Code of medical and sanitary regulations for the guidance of medical officers serving in the Madras Presidency - Volume I
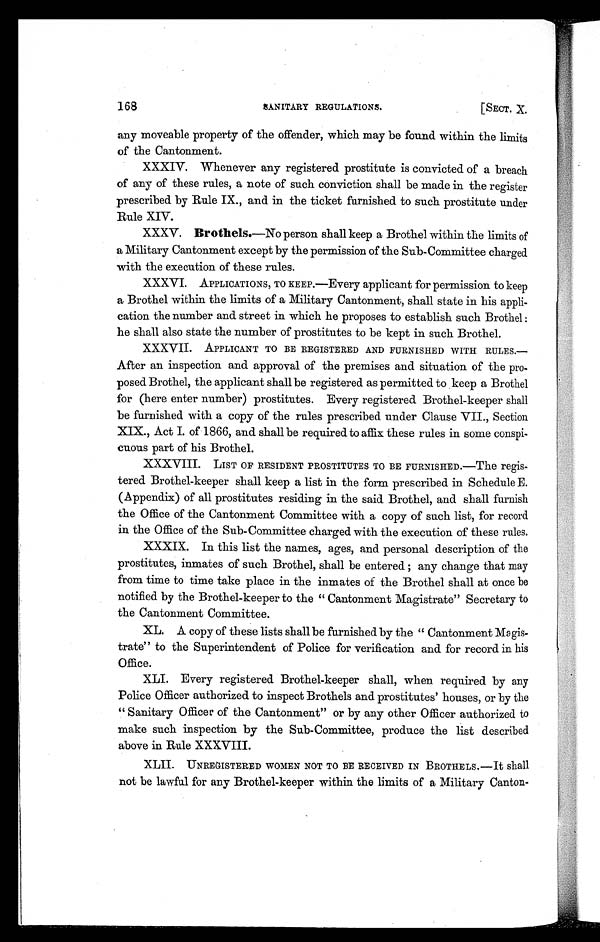
168
SANITARY REGULATIONS.
[SECT. X.
any moveable property of the offender, which may be found within the limits
of the Cantonment.
XXXIV. Whenever any registered prostitute is convicted of a breach
of any of these rules, a note of such conviction shall be made in the register
prescribed by Rule IX., and in the ticket furnished to such prostitute under
Rule XIV.
XXXV. Brothels.—No person shall keep a Brothel within the limits of
a Military Cantonment except by the permission of the Sub-Committee charged
with the execution of these rules.
XXXVI. APPLICATIONS, TO KEEP.—Every applicant for permission to keep
a Brothel within the limits of a Military Cantonment, shall state in his appli-
cation the number and street in which he proposes to establish such Brothel:
he shall also state the number of prostitutes to be kept in such Brothel.
XXXVII. APPLICANT TO BE REGISTERED AND FURNISHED WITH RULES.—
After an inspection and approval of the premises and situation of the pro-
posed Brothel, the applicant shall be registered as permitted to keep a Brothel
for (here enter number) prostitutes. Every registered Brothel-keeper shall
be furnished with a copy of the rules prescribed under Clause VII., Section
XIX., Act I. of 1866, and shall be required to affix these rules in some conspi-
cuous part of his Brothel.
XXXVIII. LIST OF RESIDENT PROSTITUTES TO BE FURNISHED.—The regis-
tered Brothel-keeper shall keep a list in the form prescribed in Schedule E.
(Appendix) of all prostitutes residing in the said Brothel, and shall furnish
the Office of the Cantonment Committee with a copy of such list, for record
in the Office of the Sub-Committee charged with the execution of these rules.
XXXIX. In this list the names, ages, and personal description of the
prostitutes, inmates of such Brothel, shall be entered; any change that may
from time to time take place in the inmates of the Brothel shall at once be
notified by the Brothel-keeper to the " Cantonment Magistrate" Secretary to
the Cantonment Committee.
XL. A copy of these lists shall be furnished by the " Cantonment Magis-
trate" to the Superintendent of Police for verification and for record in his
Office.
XLI. Every registered Brothel-keeper shall, when required by any
Police Officer authorized to inspect Brothels and prostitutes' houses, or by the
" Sanitary Officer of the Cantonment" or by any other Officer authorized to
make such inspection by the Sub-Committee, produce the list described
above in Rule XXXVIII.
XLII. UNREGISTERED WOMEN NOT TO BE RECEIVED IN BROTHELS.—It shall
not be lawful for any Brothel-keeper within the limits of a Military Canton-